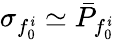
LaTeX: \sigma_{f_{0}^{\mathit{i}}}\simeq\bar{{P}}_{f_{0}^{\mathit{i}}}